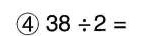
④38\div2=